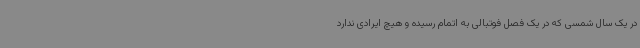
در یک سال شمسی که در یک فصل فوتبالی به اتمام رسیده و هیچ ایرادی ندارد